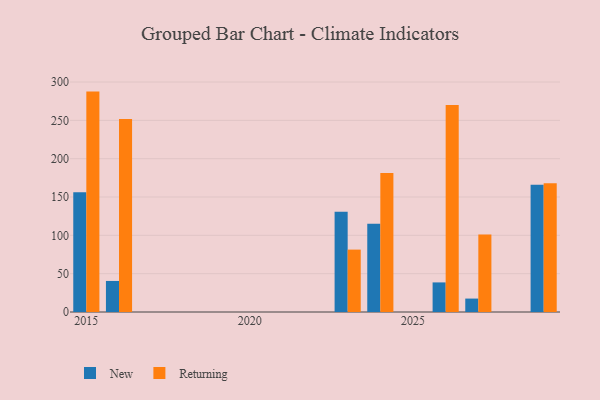
{"axis": {"x": "Year", "y": "Production Output"}, "legend": ["New", "Returning"], "data": [{"x": "2026", "y": 38.6, "type": "New"}, {"x": "2026", "y": 270.1, "type": "Returning"}, {"x": "2016", "y": 40.5, "type": "New"}, {"x": "2016", "y": 251.8, "type": "Returning"}, {"x": "2029", "y": 166.0, "type": "New"}, {"x": "2029", "y": 167.8, "type": "Returning"}, {"x": "2023", "y": 130.7, "type": "New"}, {"x": "2023", "y": 81.4, "type": "Returning"}, {"x": "2015", "y": 156.2, "type": "New"}, {"x": "2015", "y": 287.5, "type": "Returning"}, {"x": "2024", "y": 115.1, "type": "New"}, {"x": "2024", "y": 181.2, "type": "Returning"}, {"x": "2027", "y": 17.5, "type": "New"}, {"x": "2027", "y": 101.0, "type": "Returning"}]}